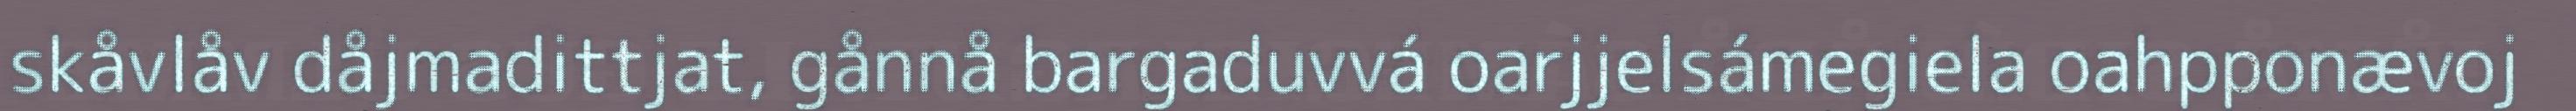
skåvlåv dåjmadittjat, gånnå bargaduvvá oarjjelsámegiela oahpponævoj